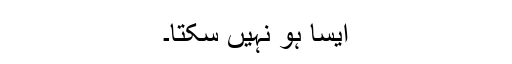
ایسا ہو نہیں سکتا۔